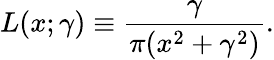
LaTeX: L(x;\gamma)\equiv{\frac{\gamma}{\pi(x^{2}+\gamma^{2})}}.